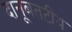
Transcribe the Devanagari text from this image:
दानूबतटीय